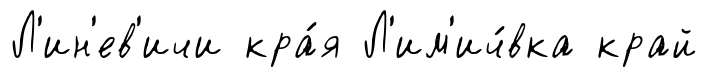
Л'ин'ев'ичи кра́я Л'им'ич́вка край